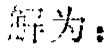
解为：